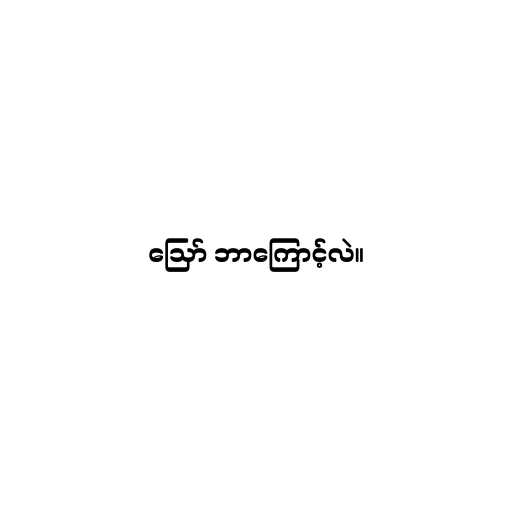
ဪ ဘာကြောင့်လဲ။